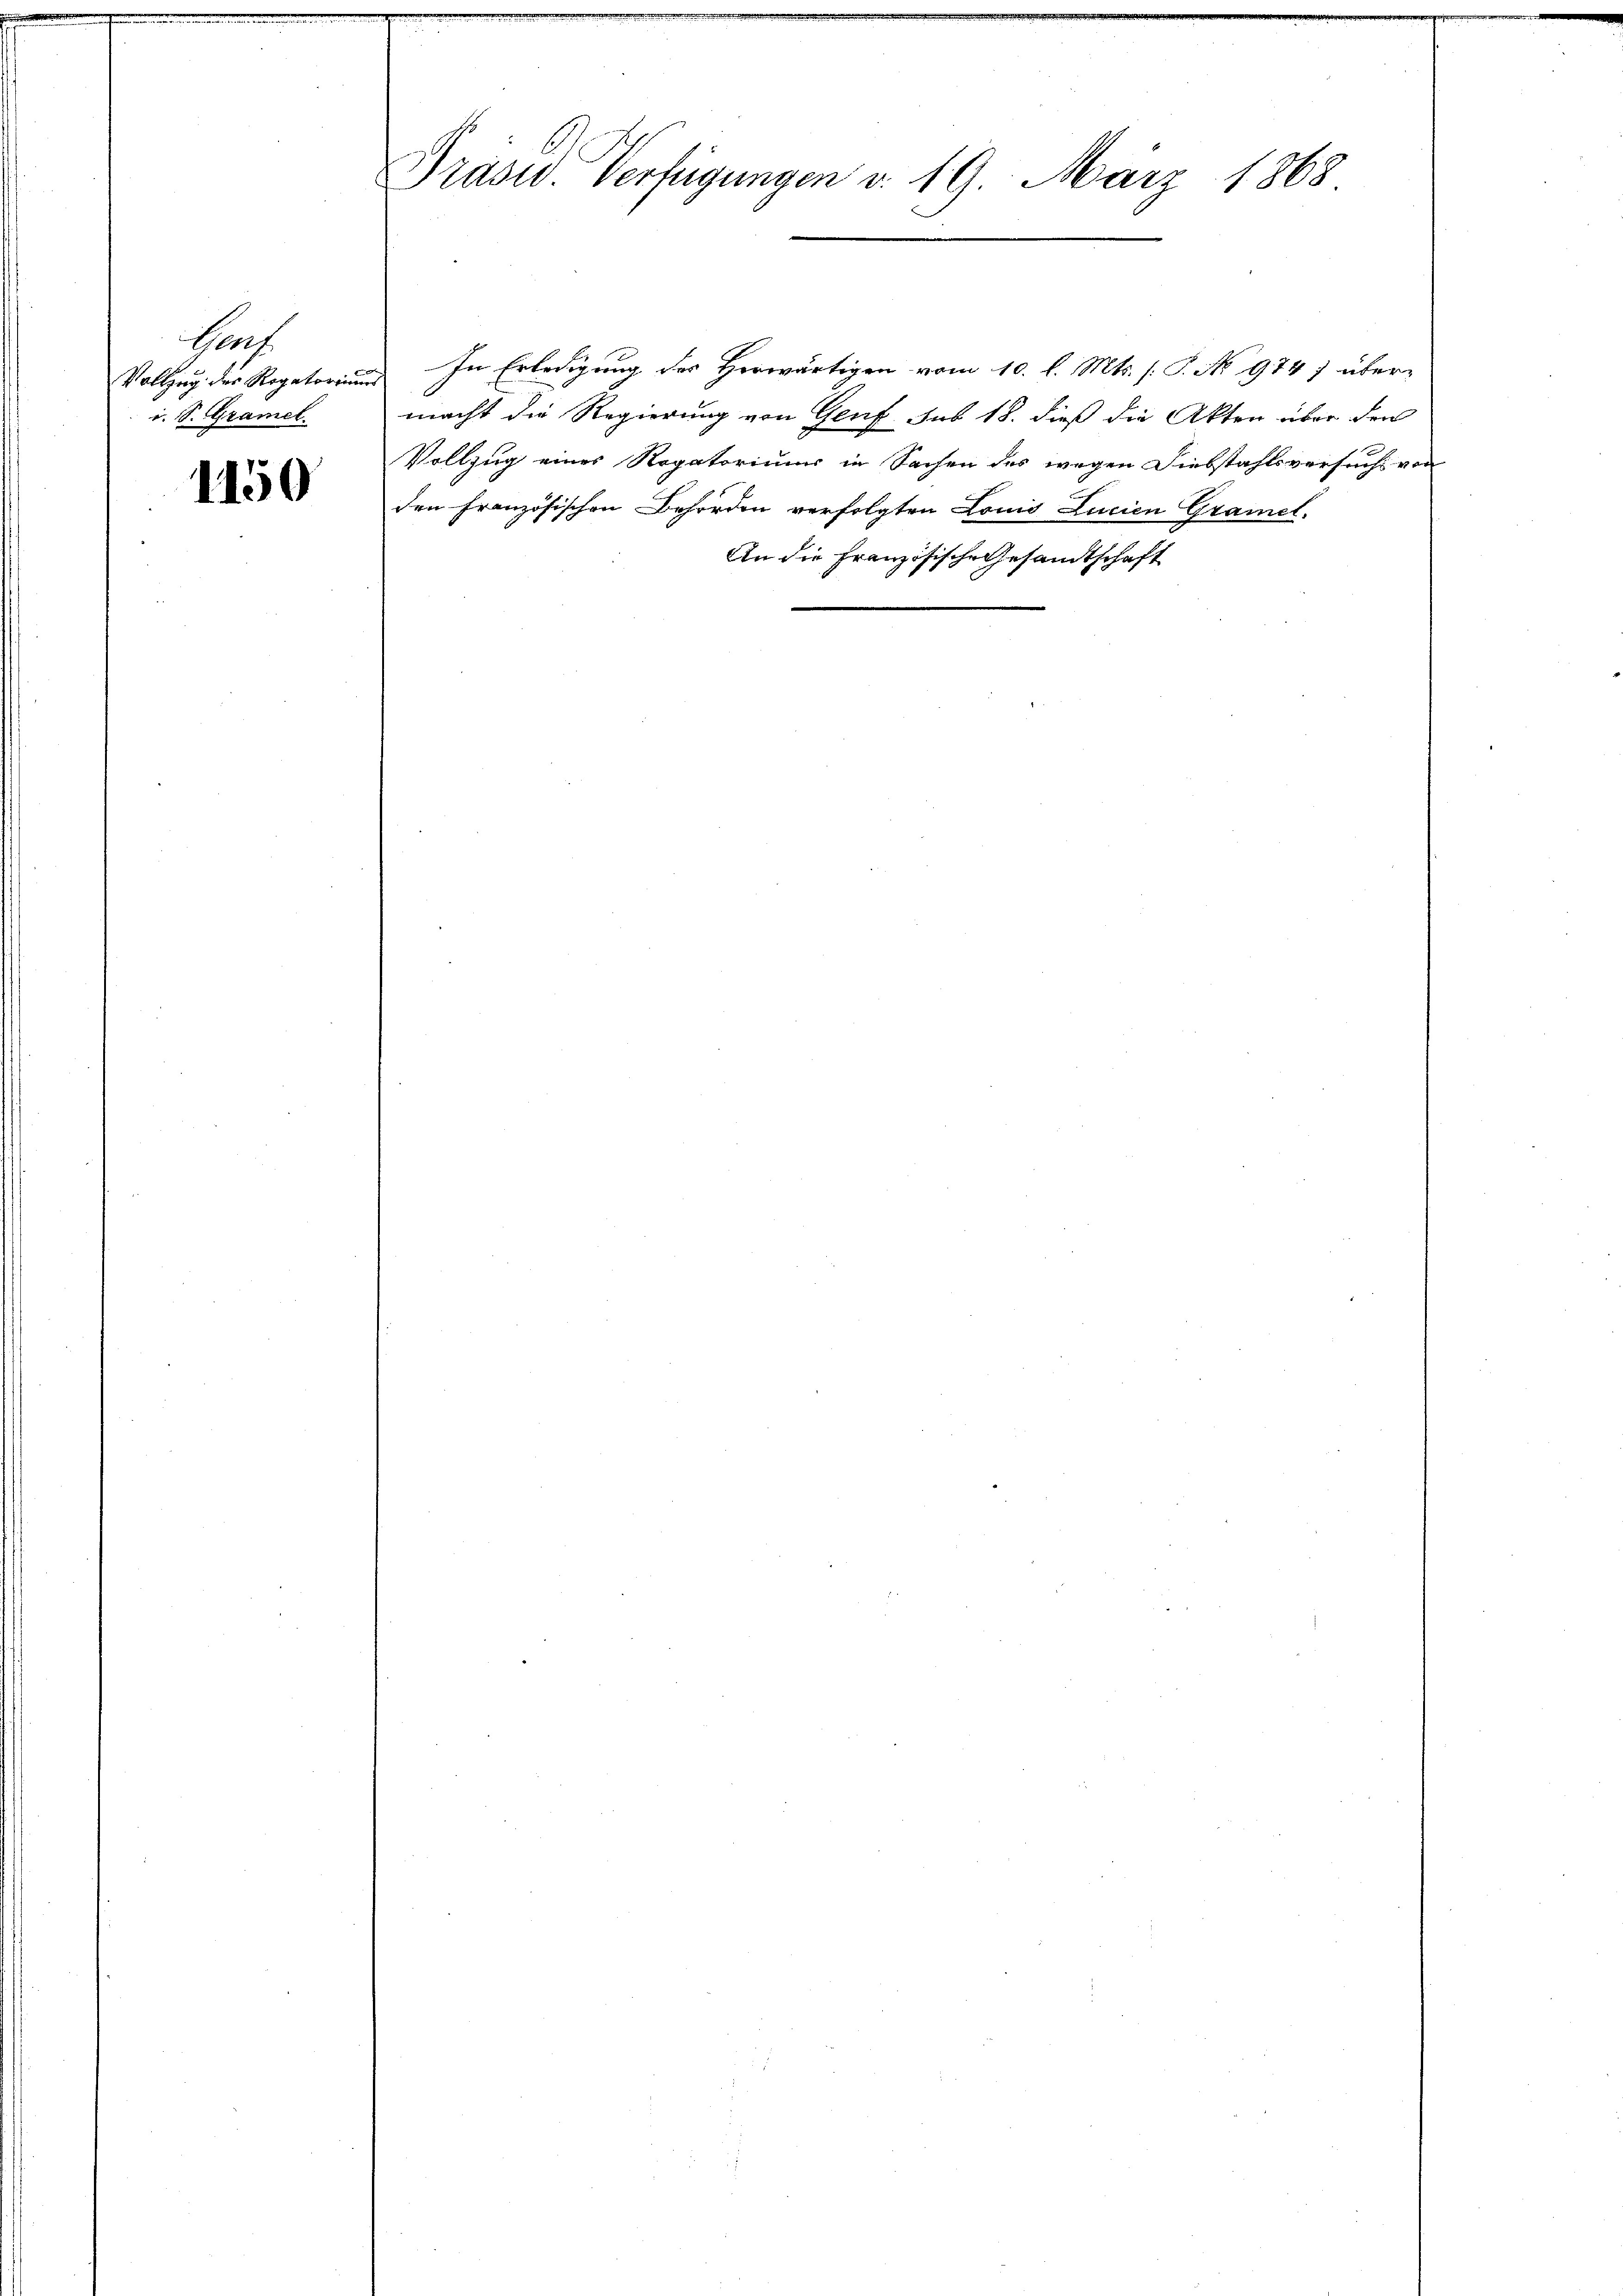
Prach
i. S. Gramel

1150

Präser. Verfügungen d. 19. März 1868

Vollzug eines Rogatoriums in Sachen des wegen Diebstahlsversuchs von
den französischen Behörden verfolgten Louis Lucien Gramel-
An die Französische Gesandtschaft

Vollzug des Regatorium In Erledigung des Herwärtigen vom 10. l. Mts. (: P. No 974 übermacht die Regierung von Genf sub 18. dieß die Akten über den